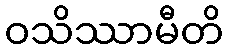
ဝသိဿာမီတိ